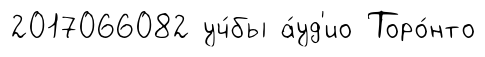
2017066082 уч́бы а́уд'ио Торо́нто